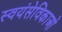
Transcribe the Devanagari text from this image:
स्वयंसेविकाओं